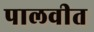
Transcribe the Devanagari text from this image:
पालवीत